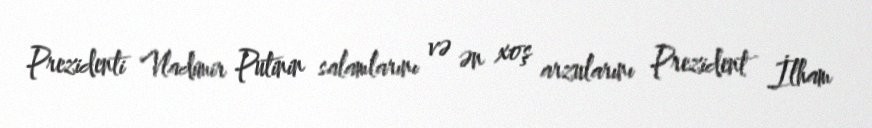
Prezidenti Vladimir Putinin salamlarını və ən xoş arzularını Prezident İlham